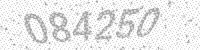
Solution: 084250